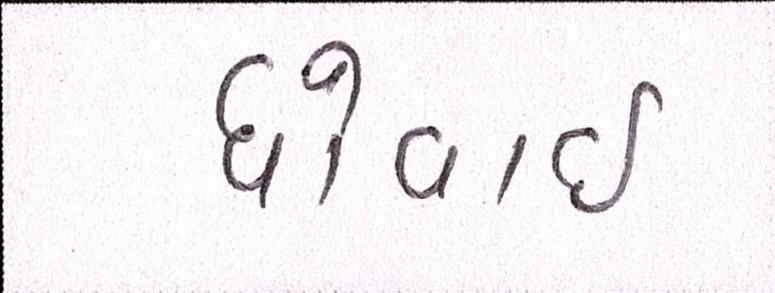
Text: ધોવાઇ